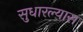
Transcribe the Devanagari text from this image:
सुधारल्यास